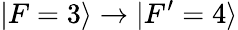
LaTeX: \vert F=3\rangle\rightarrow\vert F^{\prime}=4\rangle